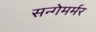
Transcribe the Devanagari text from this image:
सन्गेमर्मर